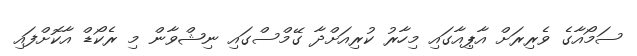
ސަމޯއާގެ ވެރިރަށް އާޕިއާގައި މިހާރު ކުރިއަށްދާ ގޭމްސްގައި ނިޝްވާން މި ރެކޯޑް އާކޮށްފައި